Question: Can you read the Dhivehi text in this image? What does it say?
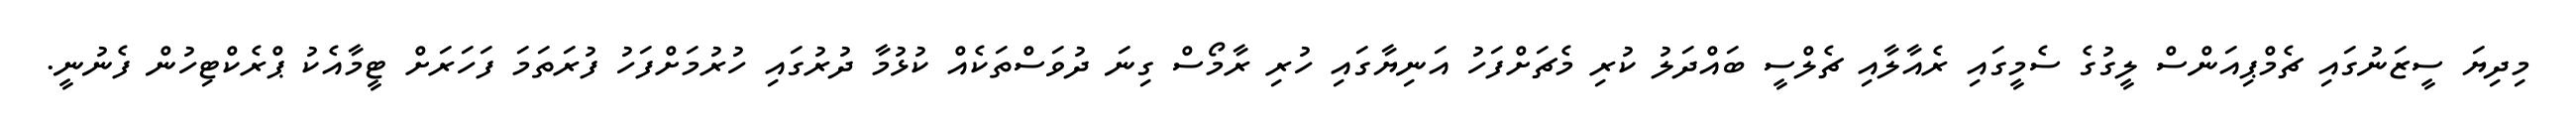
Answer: މިދިޔަ ސީޒަނުގައި ޗެމްޕިއަންސް ލީގުގެ ސެމީގައި ރެއާލާއި ޗެލްސީ ބައްދަލު ކުރި މެޗަށްފަހު އަނިޔާގައި ހުރި ރާމޯސް ގިނަ ދުވަސްތަކެއް ކުޅުމާ ދުރުގައި ހުރުމަށްފަހު ފުރަތަމަ ފަހަރަށް ޓީމާއެކު ޕްރެކްޓިހުން ފެނުނީ.